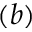
( b )